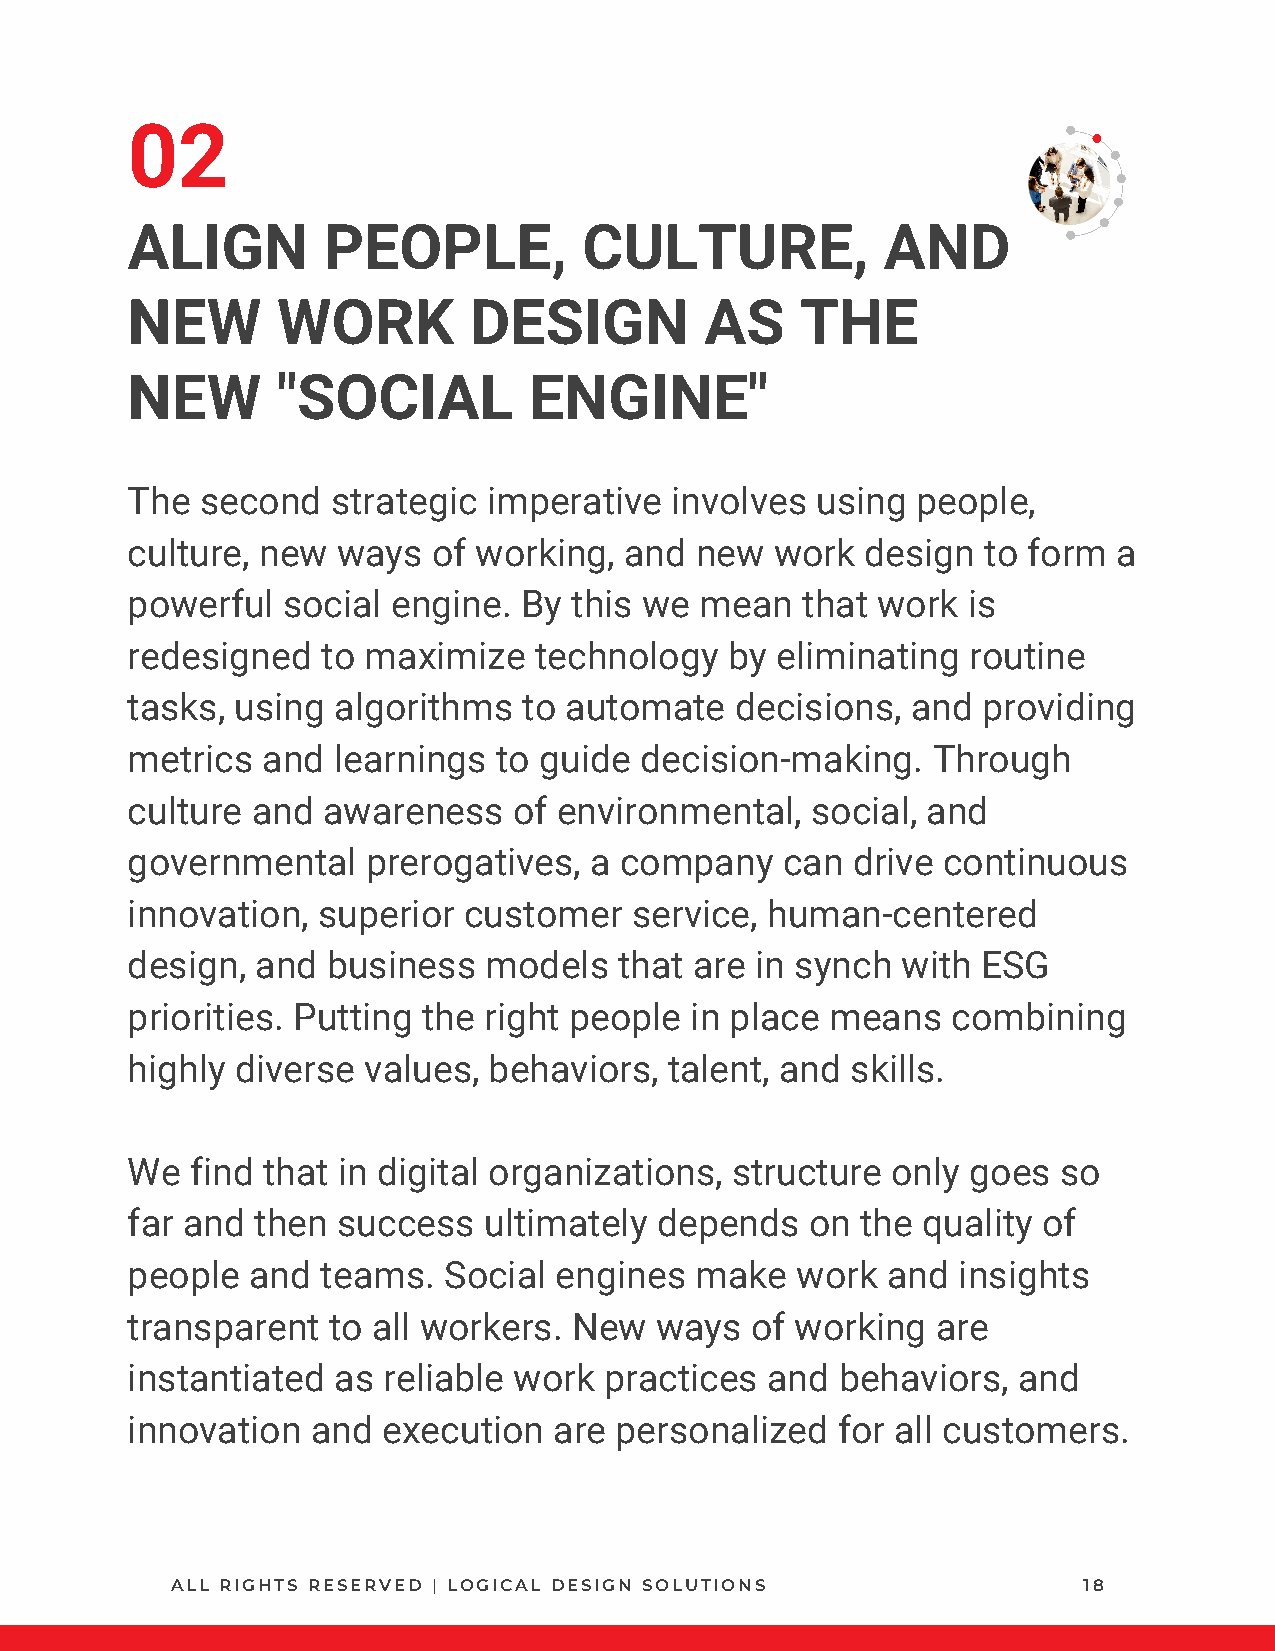
02
 ALIGN        PEOPLE,           CULTURE,            AND
 NEW       WORK         DESIGN          AS    THE
 NEW       "SOCIAL          ENGINE"
 The  second   strategic imperative  involves  using  people,
 culture, new  ways   of working, and  new  work  design  to form  a
 powerful   social engine.  By this we mean   that work  is
 redesigned   to maximize   technology   by eliminating  routine
 tasks,  using algorithms   to automate   decisions, and  providing
 metrics  and  learnings  to guide decision-making.    Through
 culture  and awareness    of environmental,   social, and
 governmental    prerogatives,  a company    can drive continuous
 innovation,  superior  customer   service, human-centered
 design,  and  business  models   that are in synch  with ESG
 priorities. Putting the right people  in place means   combining
 highly  diverse values, behaviors,  talent, and skills.
 We   find that in digital organizations, structure only goes  so
 far and  then success   ultimately depends    on the quality of
 people  and  teams.  Social  engines  make   work  and insights
 transparent   to all workers. New  ways   of working  are
 instantiated  as reliable work  practices  and  behaviors, and
 innovation   and execution   are personalized  for all customers.
 ALL RIGHTS RESERVED | LOGICAL DESIGN SOLUTIONS               18